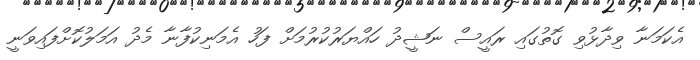
އެކަމަނާ ވިދާޅުވި ގޮތުގައި ރައީސް ނަޝީދު ހައްޔަރުކުރުމަށް ފަހު އެމަނިކުފާނާ މެދު އަމަލުކޮށްފައިވަނީ